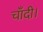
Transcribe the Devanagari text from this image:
चाँदी।